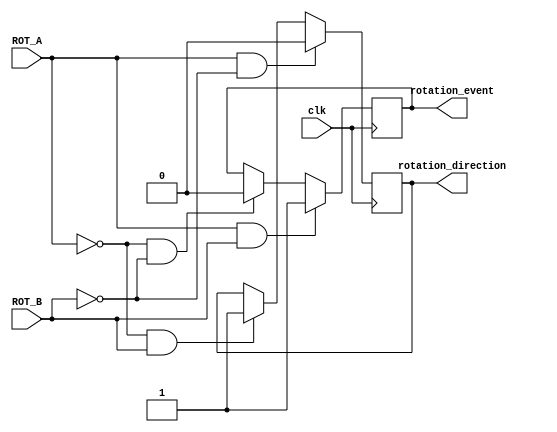
`timescale 1ns / 1ps
//////////////////////////////////////////////////////////////////////////////////
// Company: 
// Engineer: 
// 
// Design Name: 
// Module Name:    rs_enc 
// Project Name: 
// Target Devices: 
// Tool versions: 
// Description: 
//
// Dependencies: 
//
// Revision: 
// Revision 0.01 - File Created
// Additional Comments: 
//
//////////////////////////////////////////////////////////////////////////////////
module rs_enc(clk, ROT_A, ROT_B, rotation_event, rotation_direction);
	input clk;
	input ROT_A;
	input ROT_B;
	
	output rotation_event;
	output rotation_direction;
	
	reg rotation_event;
	reg rotation_direction;
	
	always @(posedge clk) begin
		if ((ROT_A)&(ROT_B)) begin
			rotation_event <= 1;
		end
		else if ((~ROT_A)&(~ROT_B)) begin
			rotation_event <= 0;
		end
		if ((ROT_A)&(~ROT_B)) begin
			rotation_direction <= 0;
		end
		else if((~ROT_A)&(ROT_B)) begin
			rotation_direction <= 1;
		end
	end
endmodule